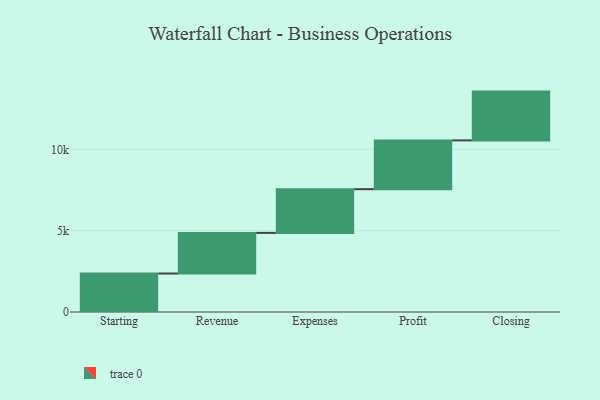
{"axis": {"x": "Step", "y": "Value"}, "legend": [""], "data": [{"x": "Starting", "y": 2366.0, "type": ""}, {"x": "Revenue", "y": 2498.0, "type": ""}, {"x": "Expenses", "y": 2689.0, "type": ""}, {"x": "Profit", "y": 3000, "type": ""}, {"x": "Closing", "y": 3000, "type": ""}]}